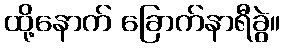
ထို့နောက် ခြောက်နာရီခွဲ။